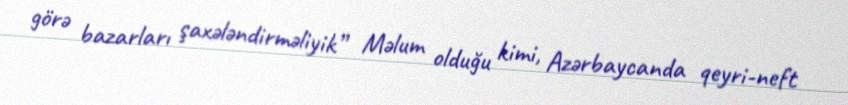
görə bazarları şaxələndirməliyik” Məlum olduğu kimi, Azərbaycanda qeyri-neft